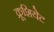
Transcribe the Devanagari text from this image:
क्रूशियेट